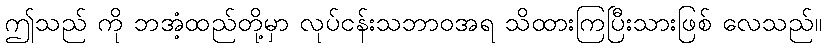
ဤသည် ကို ဘအံ့ထည်တို့မှာ လုပ်ငန်းသဘာဝအရ သိထားကြပြီးသားဖြစ် လေသည်။